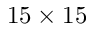
1 5 \times 1 5